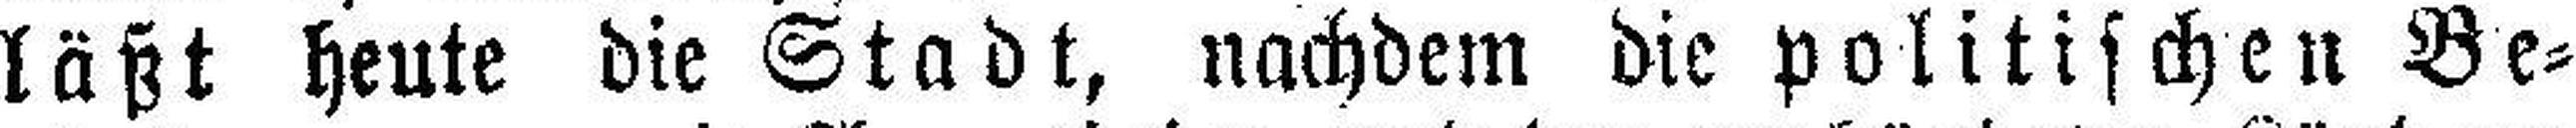
läßt heute die Stadt, nachdem die politischen Be¬